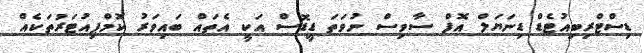
ޑިސްޓްރިބިއުޓެޑް ޑިނަޔަލް އޮފް ސާވިސް ނުވަތަ ޑީޑޮސް އަކީ އެތައް ބައިވަރު ކޮމްޕިއުޓަރުތަކެއް